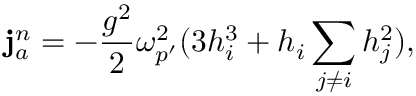
{ \bf j } _ { a } ^ { n } = - { \frac { g ^ { 2 } } { 2 } } \omega _ { p ^ { \prime } } ^ { 2 } ( 3 h _ { i } ^ { 3 } + h _ { i } \sum _ { j \not = i } h _ { j } ^ { 2 } ) ,